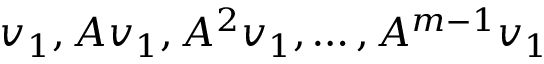
v _ { 1 } , A v _ { 1 } , A ^ { 2 } v _ { 1 } , \ldots , A ^ { m - 1 } v _ { 1 }